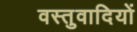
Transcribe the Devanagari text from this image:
वस्तुवादियों